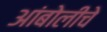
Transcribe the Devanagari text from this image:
आंबोलीचे